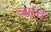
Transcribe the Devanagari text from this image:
च्याच